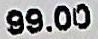
99.00